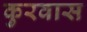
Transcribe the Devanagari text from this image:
कुरवास